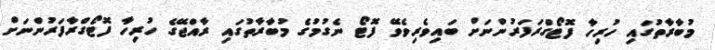
މުބާރާތުގައި ހުރިހާ ފޮޓޯގްރަފަރުންނަށް ބައިވެރިވެވޭ ފޮޓޯ ނެގުމުގެ މުބާރާތުގައި ރާއްޖޭގެ ހުރިހާ ފޮޓޯގްރާފަރުންނަށް